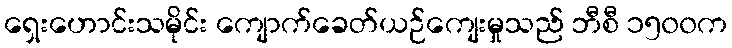
ရှေးဟောင်းသမိုင်း ကျောက်ခေတ်ယဉ်ကျေးမှုသည် ဘီစီ ၁၅၀၀က